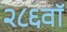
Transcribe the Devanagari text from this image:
२८६वॉ